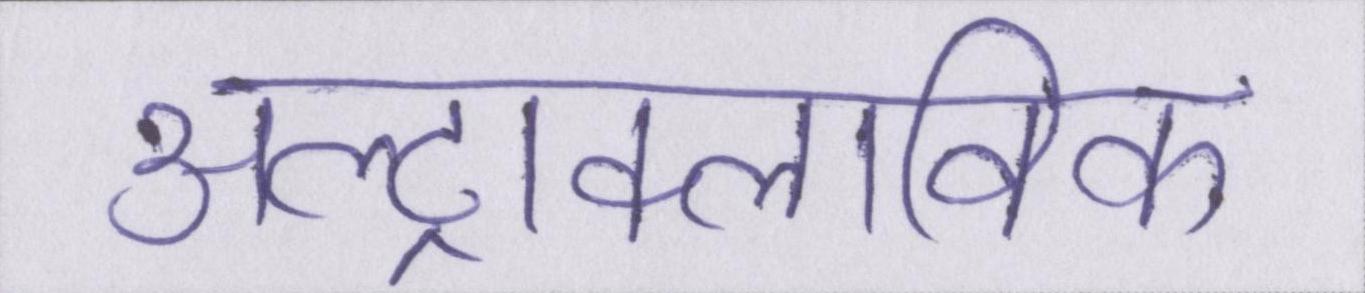
अल्ट्राक्लाविक